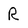
Character: R